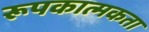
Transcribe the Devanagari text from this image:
रूपकात्मकता